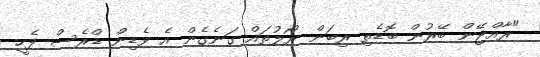
"ރާއްޖޭން ބޭރުން ބޮޑެތި ރިބަން ރޯލުތައް ގަނެގެން އެ ވެޑިން ޑްރެސް ފެހީ